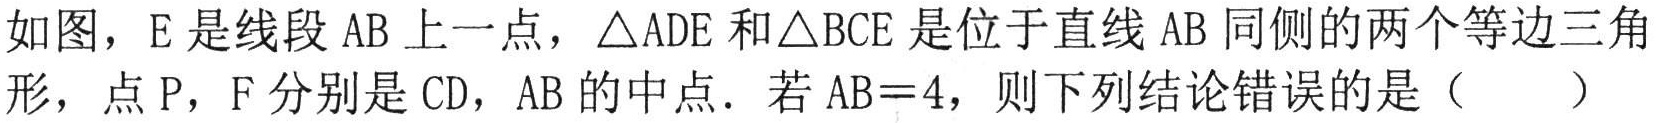
如图，E 是线段 AB 上一点，\(\triangle ADE\)和\(\triangle BCE\)是位于直线 AB 同侧的两个等边三角形，点 P，F 分别是 CD，AB 的中点．若\(AB = 4\)，则下列结论错误的是（  ）